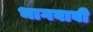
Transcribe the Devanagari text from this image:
भागवावी